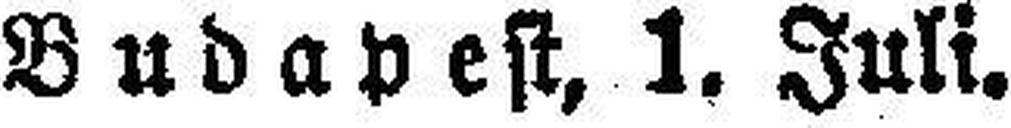
Budapest, I. Juli.